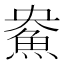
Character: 𲌳